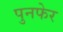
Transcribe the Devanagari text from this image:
पुनफेर